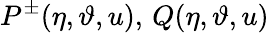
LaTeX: P^{\pm}(\eta,\vartheta,u),\, Q(\eta,\vartheta,u)